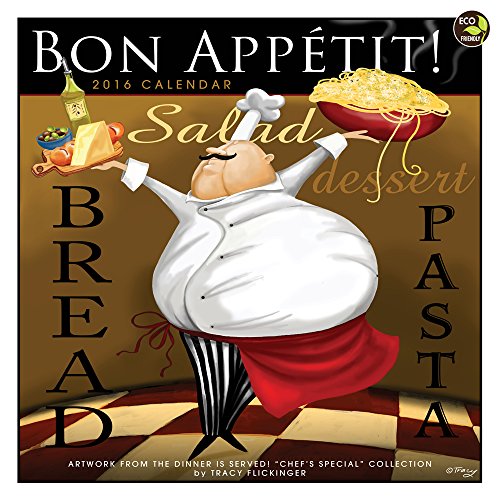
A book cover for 2016 Bon Appetit Wall Calendar; Tracy Flickinger; Calendars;